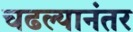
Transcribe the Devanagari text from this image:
चढल्यानंतर